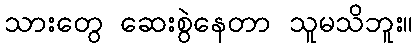
သားတွေ ဆေးစွဲနေတာ သူမသိဘူး။